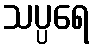
သပ္ပရေ